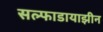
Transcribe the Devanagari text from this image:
सल्फाडायाझीन